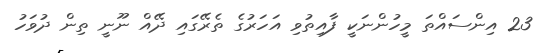
23 އިންސައްތަ މީހުންނަކީ ފާއިތުވި އަހަރުގެ ތެރޭގައި ދޭއް ނޫނީ ތިން ދުވަހު